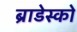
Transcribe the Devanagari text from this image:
ब्राडेस्को